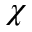
\chi